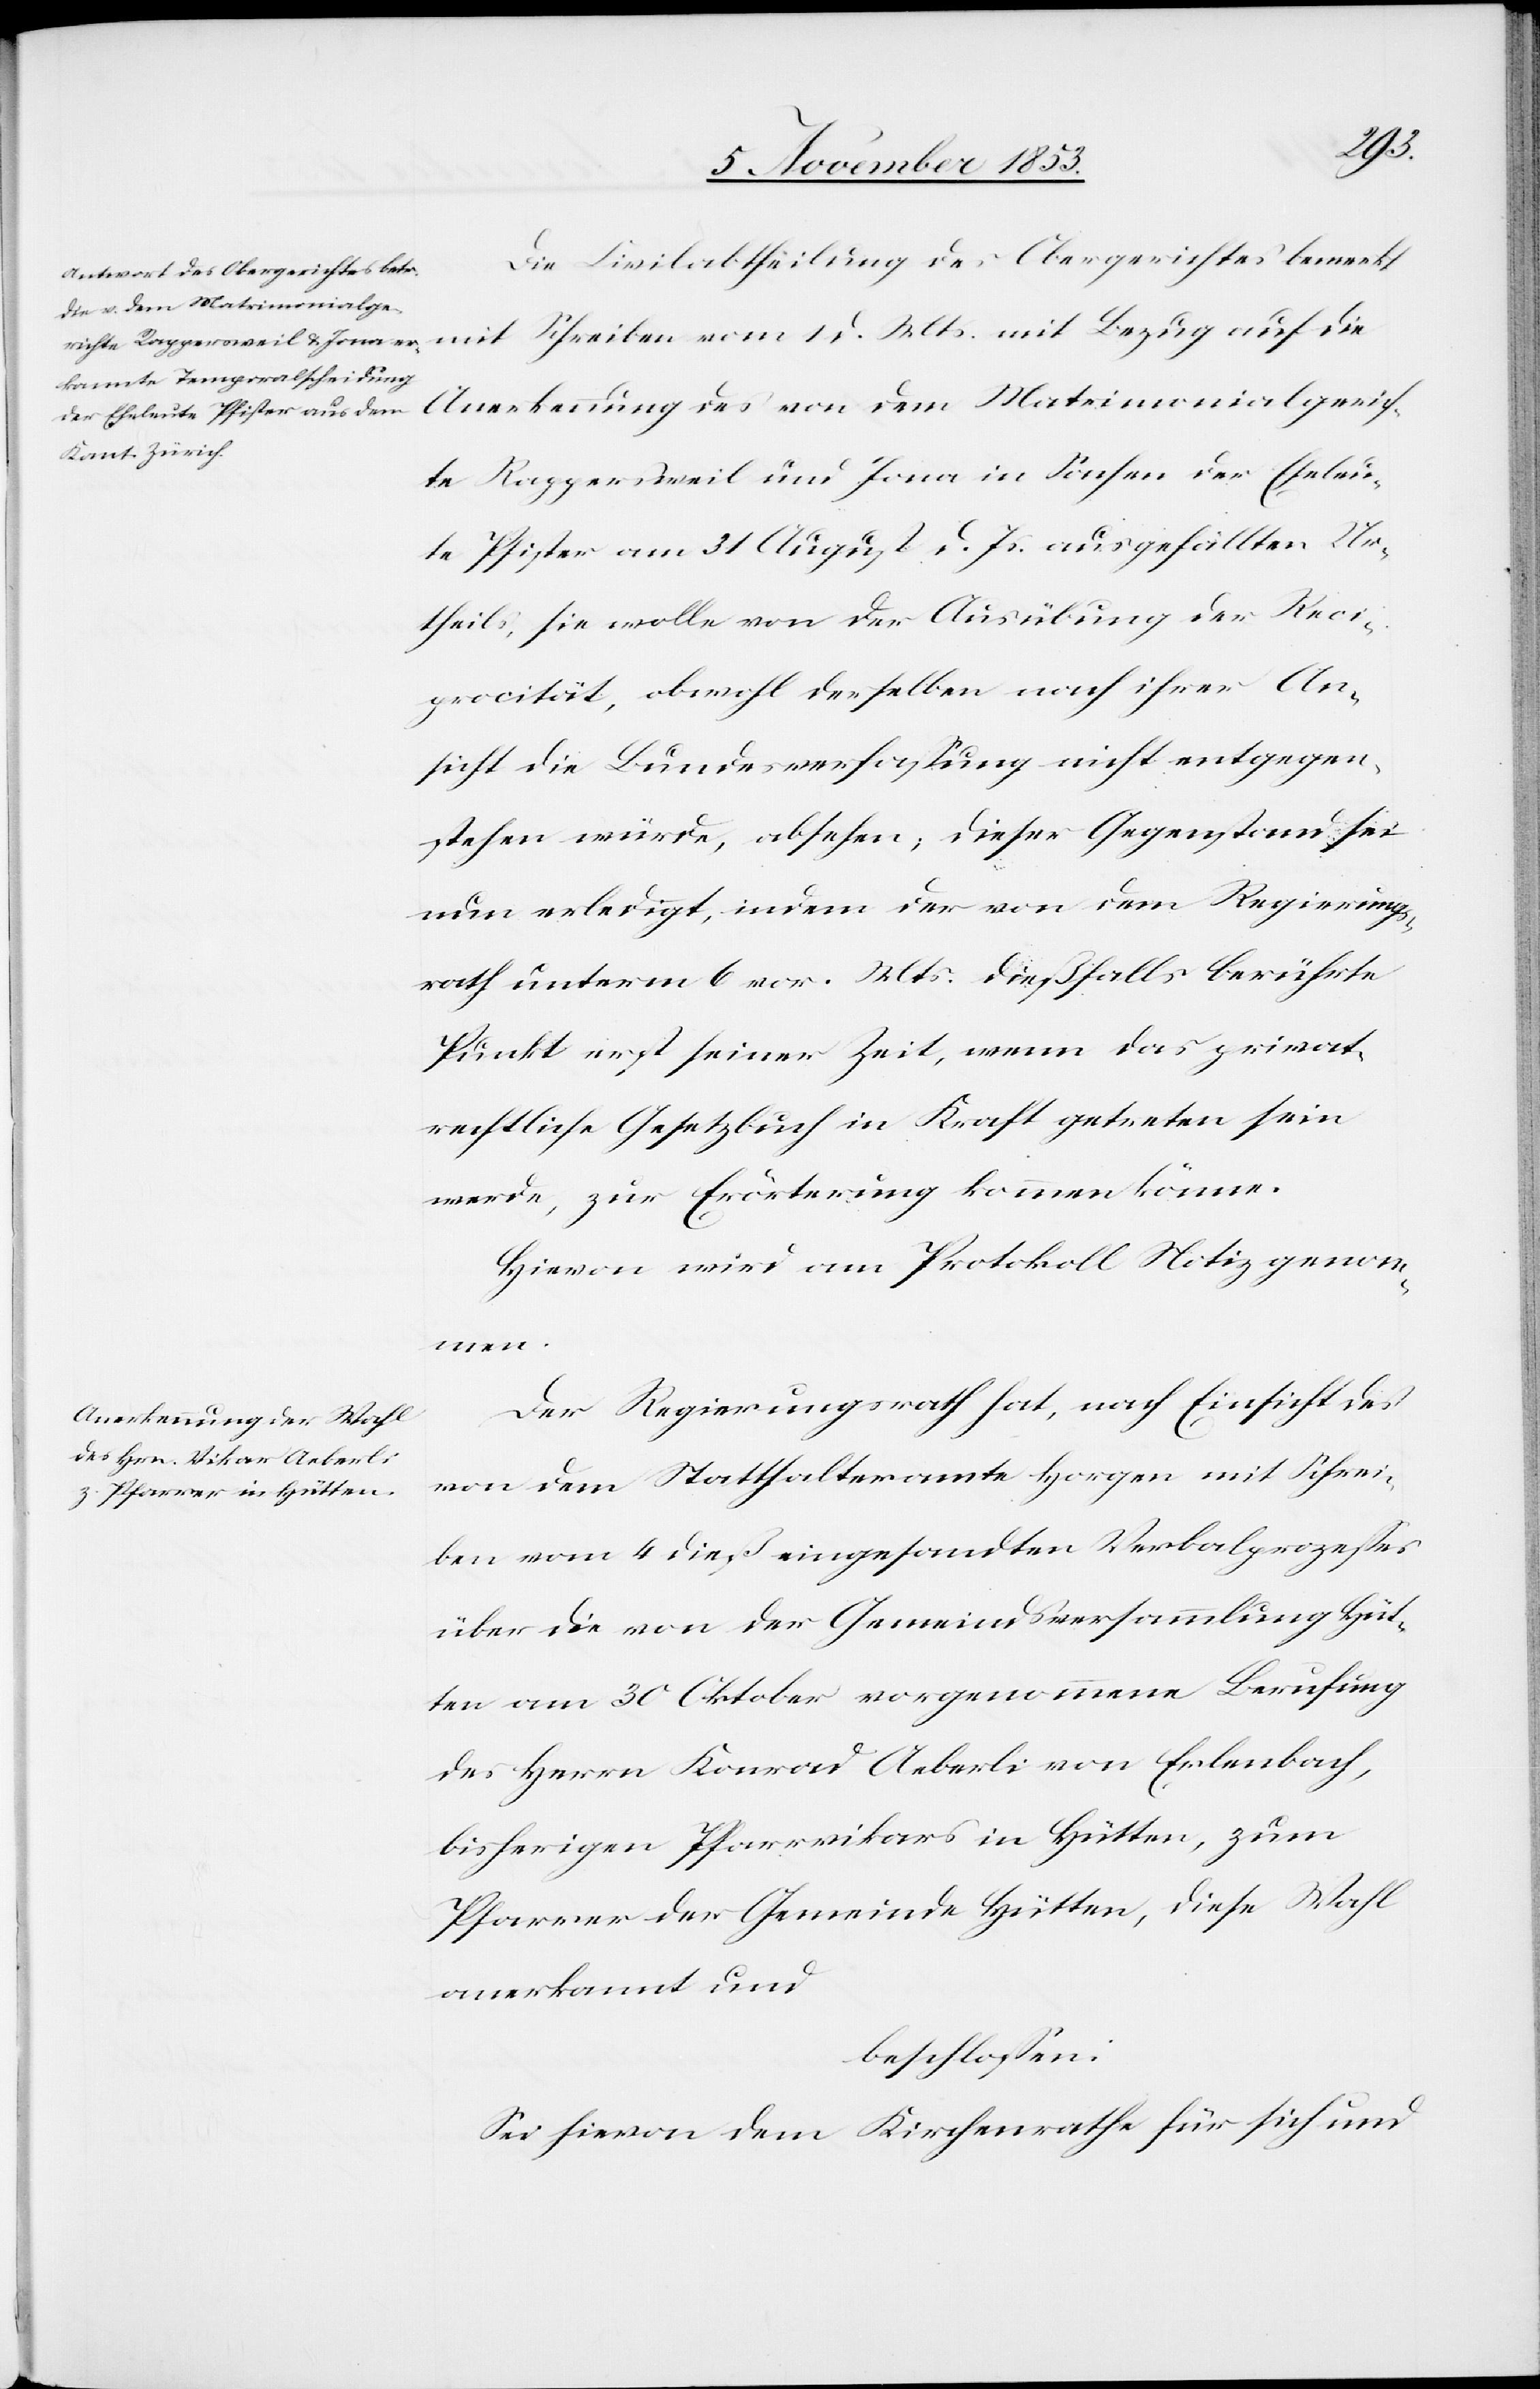
rich¬
Die Civilabtheilung des Obergerichtes bemerkt
des von dem Matrimonialge¬
te Rappersweil und Jona in Sachen der Eheleu¬
te Pfister am 31 August d. Js. ausgefällten Ur¬
theils, sie wolle von der Ausübung der Reci¬
procität, obwohl derselben nach ihrer An¬
sicht die Bundesverfaßung nicht entgegen¬
stehen würde, absehen; dieser Gegenstand sei
nun erledigt, indem der von dem Regierungs¬
rath unterm 6 v. Mts. dießfalls berührte
Punkt erst seiner Zeit, wenn das privat¬
rechtliche Gesetzbuch in Kraft getreten sein
werde, zur Erörterung kommen könne.
Hievon wird am Protokoll Notiz genomm¬
en.
Der Regierungsrath hat, nach Einsicht des
von dem Statthalteramte Horgen mit Schrei¬
ben vom 4 dieß eingesandten Verbalprozeßes
über die von der Gemeindsversammlung Hüt¬
ten vom 30 Oktober vorgenommene Berufung
des Herrn Konrad Aeberli von Erlenbach,
bisherigen Pfarrvikars in Hütten, zum
Pfarrer der Gemeinde Hütten, diese Wahl
anerkannt und
beschloßen:
Sei hievon dem Kirchenrathe für sich und